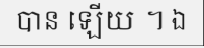
បាន ឡើយ ។ ឯ